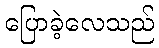
ပြောခဲ့လေသည်